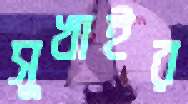
সুখাইর